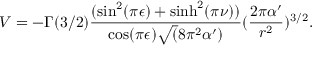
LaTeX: V = - \Gamma ( 3 / 2 ) \frac { ( \sin ^ { 2 } ( \pi \epsilon ) + \sinh ^ { 2 } ( \pi \nu ) ) } { \cos ( \pi \epsilon ) \sqrt ( 8 \pi ^ { 2 } \alpha ^ { \prime } ) } ( \frac { 2 \pi \alpha ^ { \prime } } { r ^ { 2 } } ) ^ { 3 / 2 } .